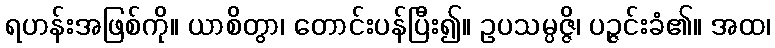
ရဟန်းအဖြစ်ကို။ ယာစိတွာ၊ တောင်းပန်ပြီး၍။ ဥပသမ္ပဇ္ဇိ၊ ပဉ္ဇင်းခံ၏။ အထ၊